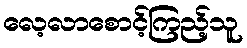
လေ့လာစောင့်ကြည့်သူ